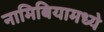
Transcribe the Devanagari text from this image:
नामिबियामध्ये